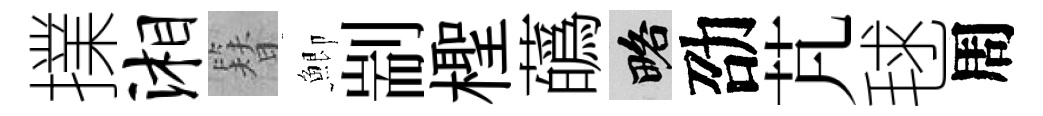
擈湘簪鯽剬檉蘤略劭芃毬周